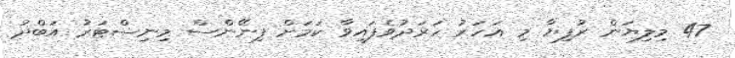
47 މިލިޔަން ރުފިޔާ މި އަހަރު ހަރަދުވެފައިވާ ކަމަށް ފިނޭންސް މިނިސްޓަރު އަބްދު